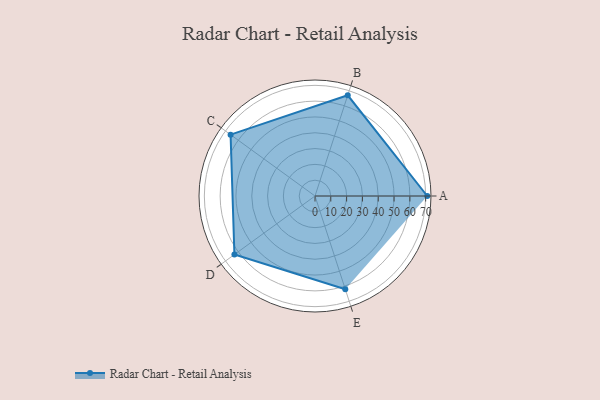
{"axis": {"x": "Skill", "y": "Score"}, "legend": ["Profile"], "data": [{"x": "A", "y": 71.0, "type": "Profile"}, {"x": "B", "y": 67.0, "type": "Profile"}, {"x": "C", "y": 66.0, "type": "Profile"}, {"x": "D", "y": 63.0, "type": "Profile"}, {"x": "E", "y": 62.0, "type": "Profile"}]}